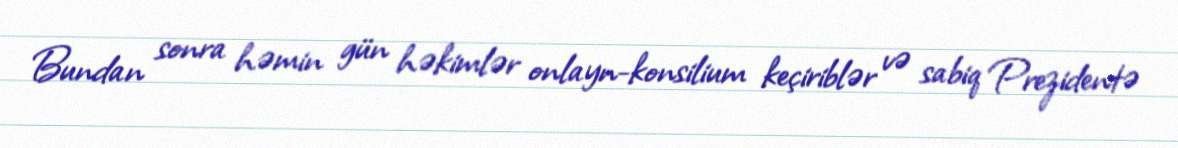
Bundan sonra həmin gün həkimlər onlayn-konsilium keçiriblər və sabiq Prezidentə